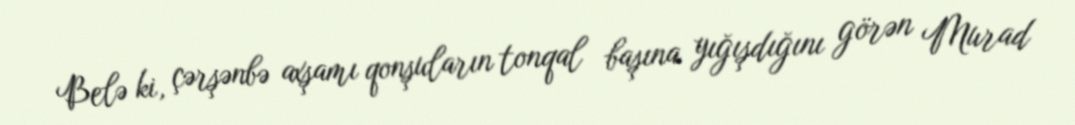
Belə ki, çərşənbə axşamı qonşuların tonqal başına yığışdığını görən Murad